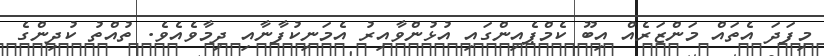
މިފަދަ އެތައް މަންޒަރެއް އިބޫ ކެމްޕެއިންގައި އުޅުންވާއިރު އެމަނިކުފާނާއި ދިމާވެއެވެ. ތުއްތު ކުދިންގެ